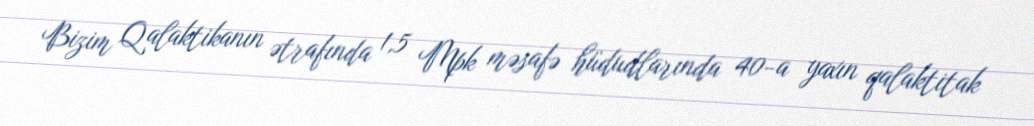
Bizim Qalaktikanın ətrafında 1,5 Mpk məsafə hüdudlarında 40-a yaxın qalaktitak